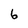
Character: 6